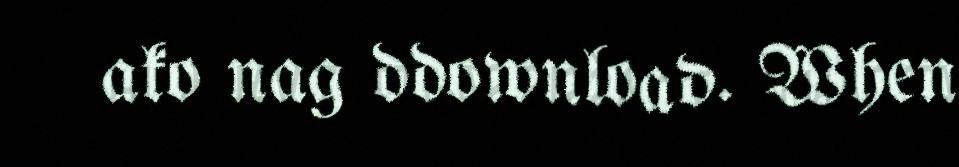
ako nag ddownload. When